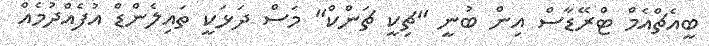
ބީއެޗްއެމް ޓްރޭޑާސް އިން ބުނީ "ޗިކީ ޗަންކް" މަސް ދަޅަކީ ތައިލެންޑް އުފެއްދުމެއް